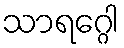
သာရဂ္ဂေါ